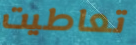
تعاطيت